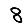
Digit: 8